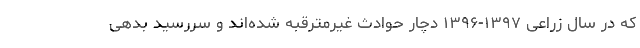
که در سال زراعی ۱۳۹۷-۱۳۹۶ دچار حوادث غیرمترقبه شده‌اند و سررسید بدهی